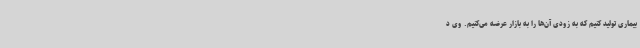
بیماری تولید کنیم که به زودی آن‌ها را به بازار عرضه می‌کنیم. وی د